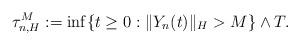
LaTeX: \begin{align*}\tau_{n,H}^M := \inf\{t\geq 0: \Vert Y_n(t)\Vert_H >M \}\wedge T .\end{align*}